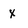
Character: X